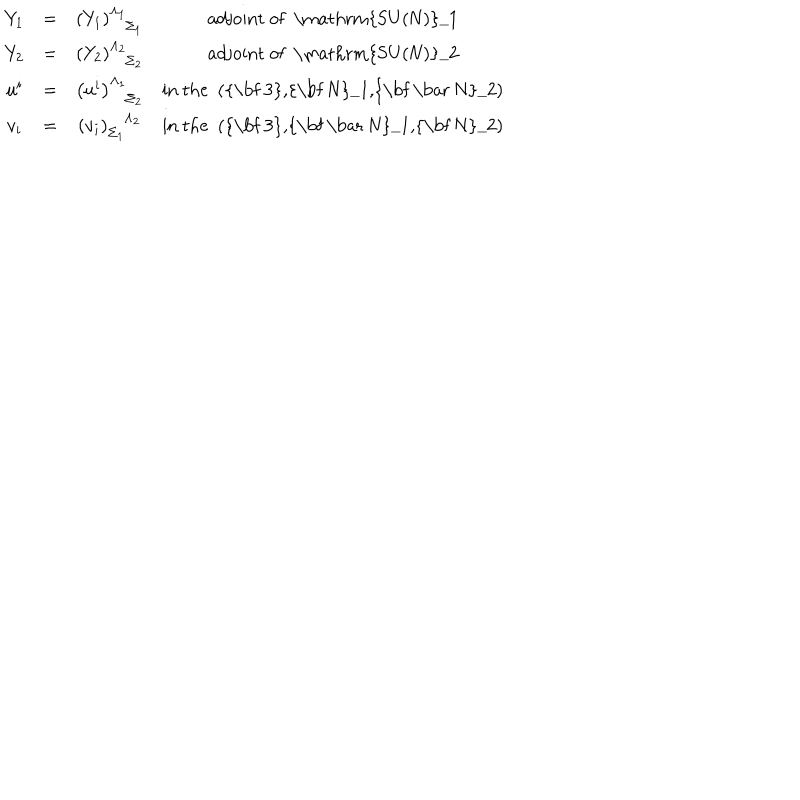
\begin{array} { c c c c } { { Y _ { 1 } } } & { { = } } & { { \left( Y _ { 1 } \right) _ { \phantom { \Lambda _ { 1 } } \Sigma _ { 1 } } ^ { \Lambda _ { 1 } } } } & { { \mathrm { a d j o i n t ~ o f ~ \mathrm { S U ( N ) } _ { 1 } ~ } } } \\ { { Y _ { 2 } } } & { { = } } & { { \left( Y _ { 2 } \right) _ { \phantom { \Lambda _ { 2 } } \Sigma _ { 2 } } ^ { \Lambda _ { 2 } } } } & { { \mathrm { a d j o i n t ~ o f ~ \mathrm { S U ( N ) } _ { 2 } ~ } } } \\ { { u ^ { i } } } & { { = } } & { { \left( u ^ { i } \right) _ { \phantom { \Lambda _ { 1 } } \Sigma _ { 2 } } ^ { \Lambda _ { 1 } } } } & { { \mathrm { i n ~ t h e ~ ( { \bf ~ 3 } , { \bf ~ N } _ { 1 } , { \bf ~ \bar { ~ } N } _ { 2 } ) ~ } } } \\ { { v _ { i } } } & { { = } } & { { \left( v _ { i } \right) _ { \Sigma _ { 1 } } ^ { \phantom { \Sigma _ { 1 } } \Lambda _ { 2 } } } } & { { \mathrm { i n ~ t h e ~ ( { \bf ~ 3 } , { \bf ~ \bar { ~ } N } _ { 1 } , { \bf ~ N } _ { 2 } ) ~ } } } \\ \end{array}